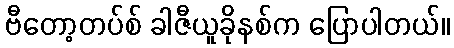
ဗီတော့တပ်စ် ခါဇီယူခိုနစ်က ပြောပါတယ်။